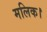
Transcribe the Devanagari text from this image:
मलिक।